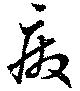
廃